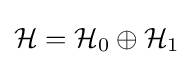
{\mathcal {H}}={\mathcal {H}}_{0}\oplus {\mathcal {H}}_{1}